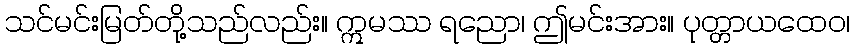
သင်မင်းမြတ်တို့သည်လည်း။ ဣမဿ ရညော၊ ဤမင်းအား။ ပုတ္တာယထေဝ၊